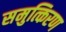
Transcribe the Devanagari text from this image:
समुत्किरण